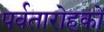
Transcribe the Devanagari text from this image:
पर्वतारोहकों